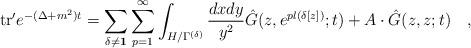
LaTeX: \begin{align*}{\rm tr}'e^{-(\Delta +m^2)t} = \sum_{\delta \neq {\bf 1}} \sum_{p=1}^{\infty} \int_{H/\Gamma^{(\delta)}} {{d x d y}\over{y^2}} {\hat G} (z, e^{p l(\delta[ z])};t ) + A \cdot {\hat G}(z,z;t) \quad ,\end{align*}